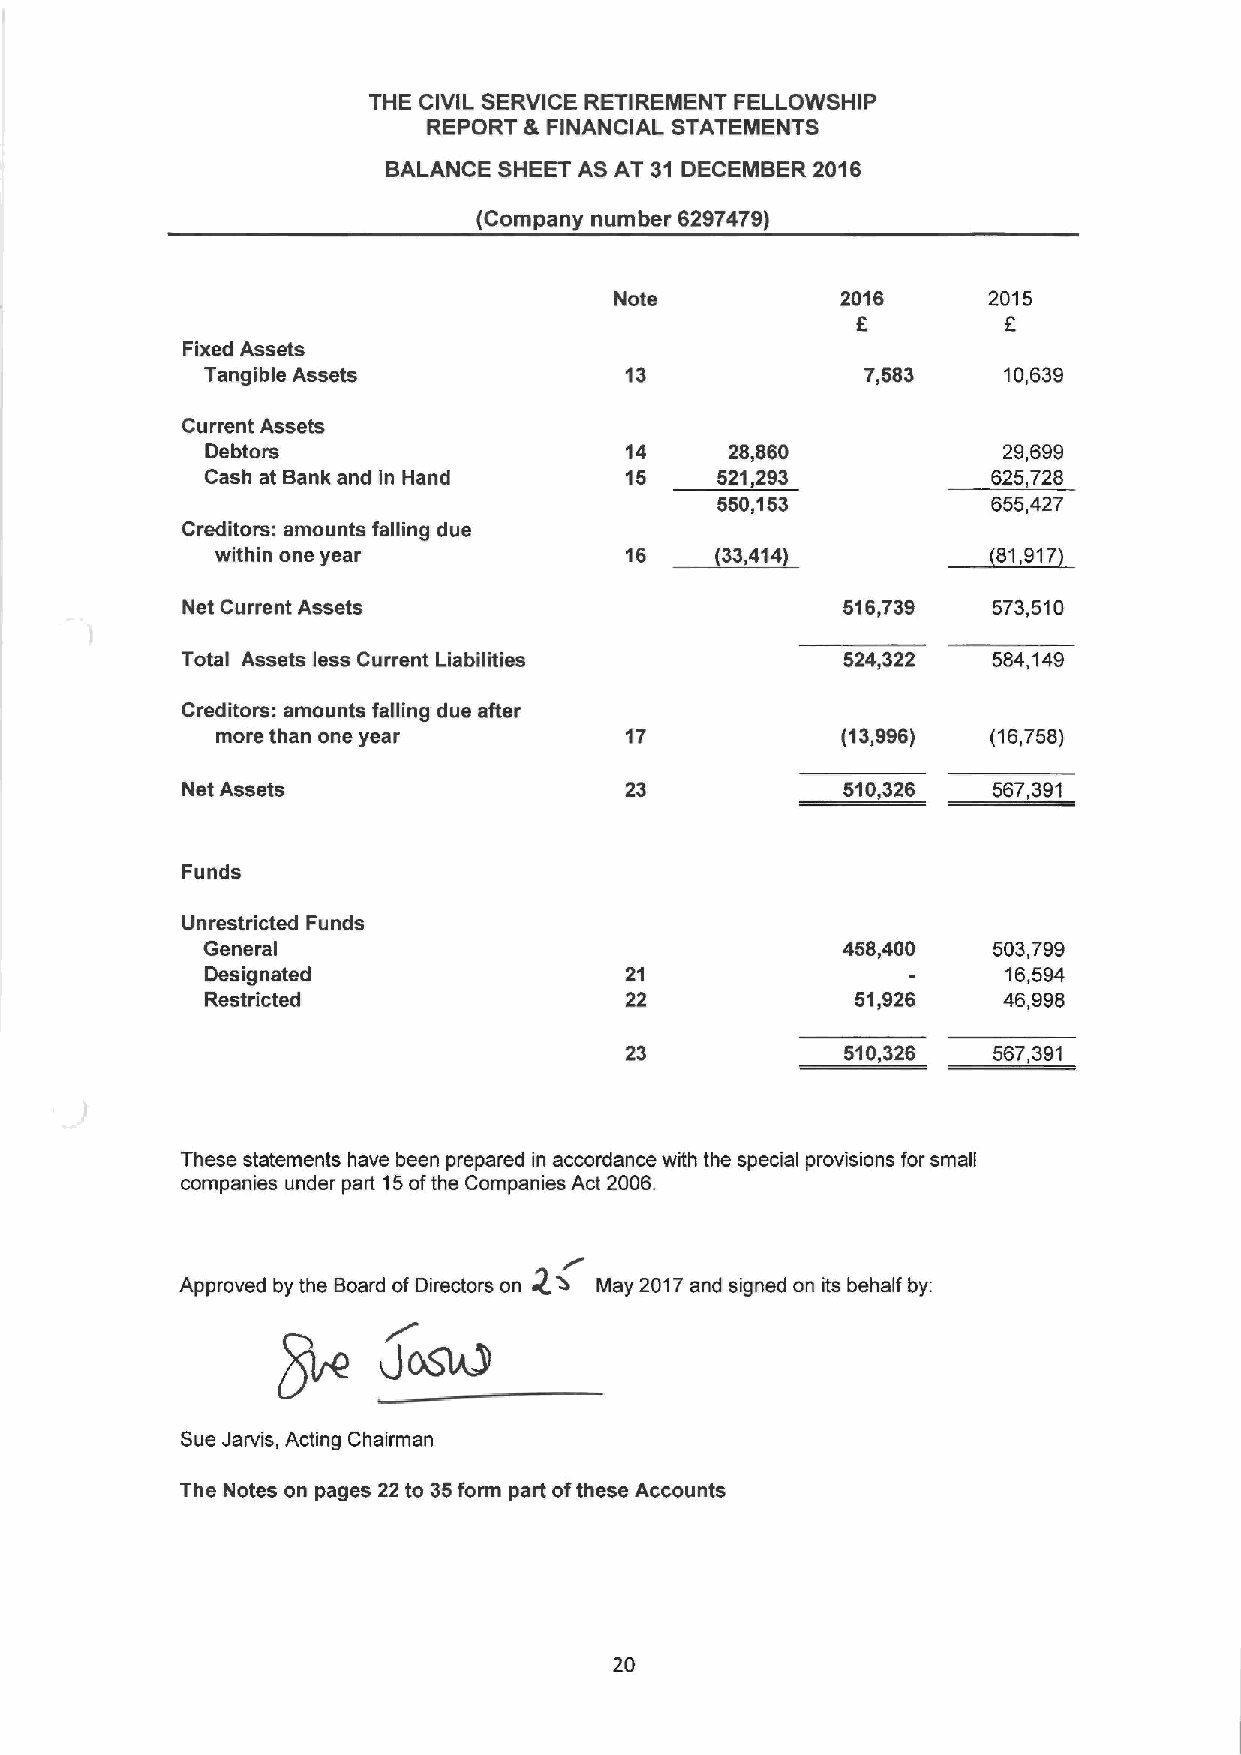
THE CIVIL SERVICE RETIREMENT FELLOWSHIP
 REPORT & FINANCIAL STATEMENTS
 BALANCE SHEET AS AT 31 DECEMBER 2016
 (Company number 6297479)
 Note           2016     2015
 6
 Fixed Assets
 Tangible Assets            13              7,583    10,639
 Current Assets
 Debtors                    14     28,860            29,699
 Cash at Bank and in Hand   15    521,293            625,728
 550,153            655,427
 Creditors: amounts falling due
 ~133,
 within one year            13       414             81,917
 Net Current Assets                          516,739   573,510
 Total Assets less Current Liabilities       524,322   584,149
 Creditors: amounts falling due after
 more than one year         17             (13,996)  (16,758)
 Net Assets                   23             510,326   567,391
 Funds
 Unrestricted Funds
 General                                    458,400   503,799
 Designated                 21                        16,594
 Restricted                 22              51,926   46,998
 23             510,326   567,391
 These statements have been prepared in accordance with the special provisions for small
 companies under part 15ofthe Companies Act 2006.
 Approved by the Board of Directors on 4& May 2017and signed on its behalf by:
 Sue Jarvis, Acting Chairman
 The Notes on pages 22 to 35form part ofthese Accounts
 20